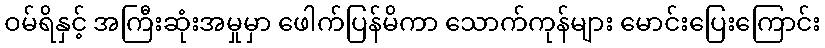
ဝမ်ရိနှင့် အကြီးဆုံးအမှုမှာ ဖေါက်ပြန်မိကာ သောက်ကုန်များ မောင်းပြေးကြောင်း